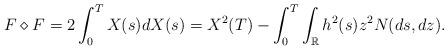
LaTeX: \begin{align*} F\diamond F=2\int_0^TX(s)dX(s)=X^2(T)-\int_0^T\int_{\mathbb{R}}h^2(s)z^2N(ds,dz).\end{align*}